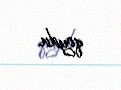
qoydu.